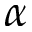
\alpha